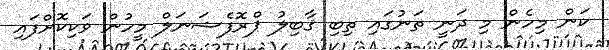
ކަން މިހެން މި ދަނީ ތަނުގައި ތިބި ޤާބިލު ޕްރޮފެޝަނަލް މީހުން ވަކިކޮށްފައި